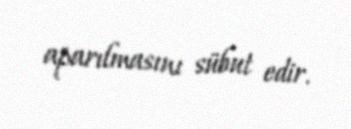
aparılmasını sübut edir.